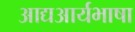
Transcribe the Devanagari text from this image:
आद्यआर्यभाषा